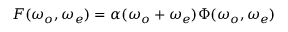
F ( \omega _ { o } , \omega _ { e } ) = \alpha ( \omega _ { o } + \omega _ { e } ) \Phi ( \omega _ { o } , \omega _ { e } )